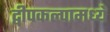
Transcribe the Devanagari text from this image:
द्वीपकल्पामध्ये